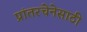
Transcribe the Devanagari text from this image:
प्रांतरचेनेसाठी